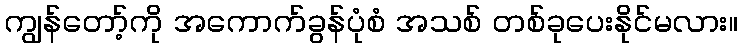
ကျွန်တော့်ကို အကောက်ခွန်ပုံစံ အသစ် တစ်ခုပေးနိုင်မလား။